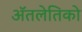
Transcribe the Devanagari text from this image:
ॲतलेतिको